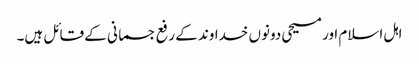
اہل اسلام اور مسیحی دونوں خداوند کے رفع جسمانی کے قائل ہیں۔